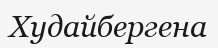
Худайбергена